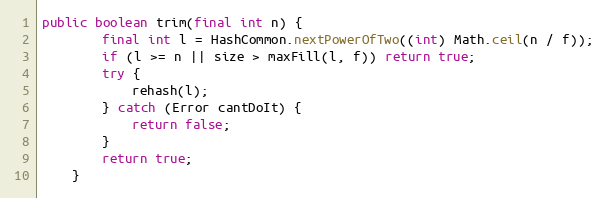
Language: Java
public boolean trim(final int n) {
        final int l = HashCommon.nextPowerOfTwo((int) Math.ceil(n / f));
        if (l >= n || size > maxFill(l, f)) return true;
        try {
            rehash(l);
        } catch (Error cantDoIt) {
            return false;
        }
        return true;
    }